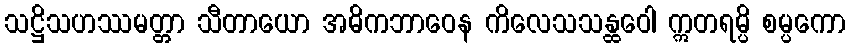
သဋ္ဌိသဟဿမတ္တာ သီတာယော အဓိကဘာဝေန ကိလေသသန္ထဝေါ ဣတရမ္ပိ စမ္ပကော